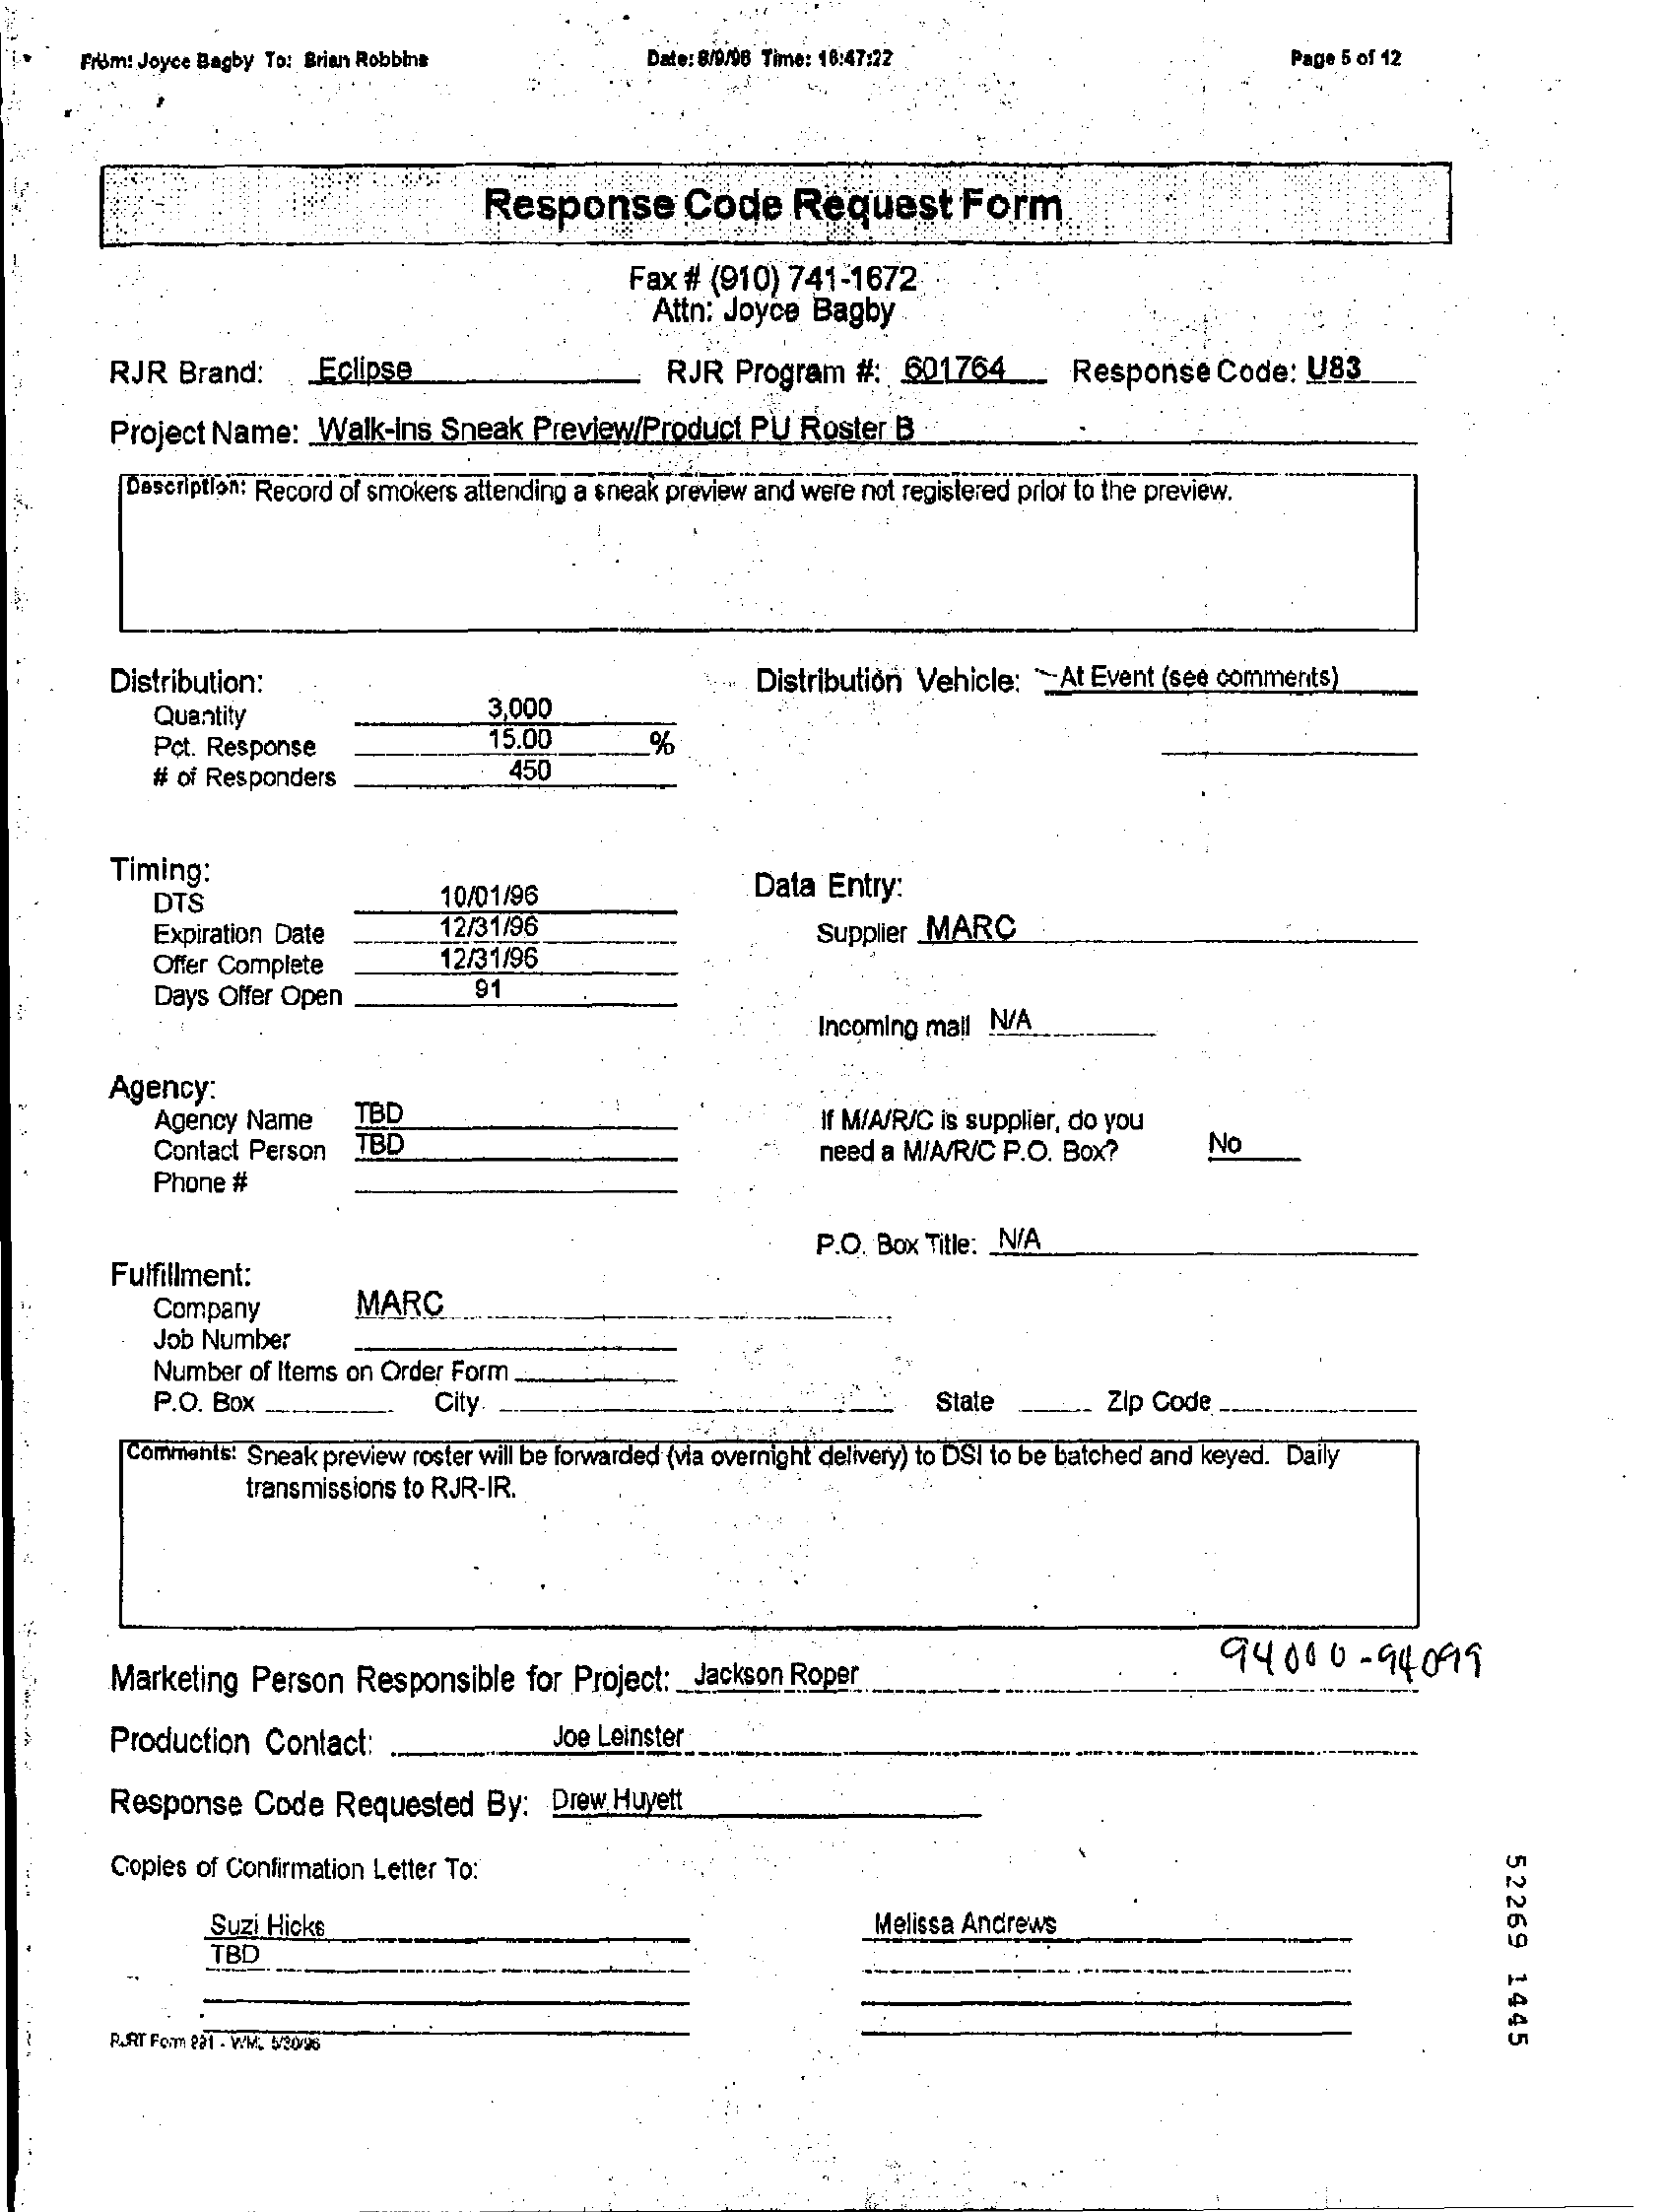
From: Joyce Bagby To: Brian Robbins    Date: 8/9/96 Time: 16:47:22    Page 5 of 12
     Response    Code    Request    Form
     Fax # (910) 741-1672
     Attn: Joyce Bagby
     RJR  Brand:    _ Eclipse    RJR  Program  #:  601764_    Response   Code:  U83
     Project Name:  Walk-Ins  Sneak  Preview/Product  PU  Roster B
     Description: Record of smokers attending a sneak preview and were not registered prior to the preview.
     Distribution:    Distribution Vehicle: ~ At Event (see comments)
     Quantity    3,000
     Pct. Response    15.00    %
     # of Responders    450
     Timing:
     DTS    10/01/96    Data  Entry:
     Expiration Date    12/31/96    Supplier _MARC
     Offer Complete    12/31/96
     Days Offer Open    91
     Incoming mail N/A
     Agency:
     Agency Name    TBD
     TBD
     If M/A/R/C is supplier, do you
     Contact Person    need a MIA/R/C P.O. Box?    No
     Phone #
     Fulfillment:
     P.O. Box Title: _ N/A
     Company    MARC
     Job Number
     Number of Items on Order Form
     P.O. Box ...    City    State    Zip Code
     Comments! Sneak preview roster will be forwarded (via overnight delivery) to DSI to be batched and keyed. Daily
     transmissions to RJR-IR.
     Marketing Person  Responsible   for Project: Jackson Roper    94000-    94099
     Production Contact:    Joe Leinster
     Response  Code   Requested   By:  Drew Huyett
     Copies of Confirmation Letter To:
     52269
     1445
     Suzi Hicks    Melissa Andrews
     TBD